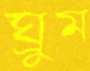
ঘ্রুম